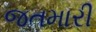
જતમારી